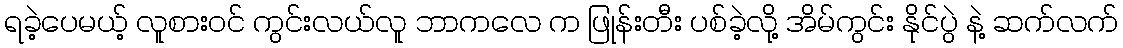
ရခဲ့ပေမယ့် လူစားဝင် ကွင်းလယ်လူ ဘာကလေ က ဖြုန်းတီး ပစ်ခဲ့လို့ အိမ်ကွင်း နိုင်ပွဲ နဲ့ ဆက်လက်